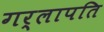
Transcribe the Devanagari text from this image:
गर्लापति